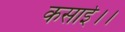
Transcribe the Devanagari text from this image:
कसाई।।